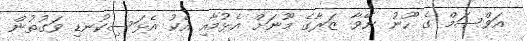
އަވްސަމް ގެ ހޫނު ނޭވާ ޒަރާގެ މޫނަށް އެޅުމާއި އެކު އެޅަސިކުނޑި ވަގުތުން